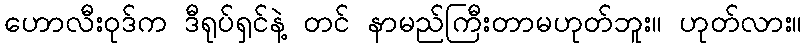
ဟောလီးဝုဒ်က ဒီရုပ်ရှင်နဲ့ တင် နာမည်ကြီးတာမဟုတ်ဘူး။ ဟုတ်လား။